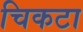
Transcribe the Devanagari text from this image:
चिकटा